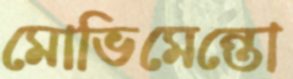
মোভিমেন্তো